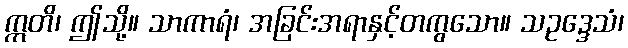
ဣတိ၊ ဤသို့။ သာကာရံ၊ အခြင်းအရာနှင့်တကွသော။ သဥဒ္ဒေသံ၊